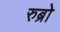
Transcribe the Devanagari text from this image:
रुब्रो